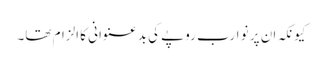
کیونکہ ان پر نو ارب روپے کی بدعنوانی کا الزام تھا۔